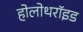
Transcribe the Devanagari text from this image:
होलोथरॉइड